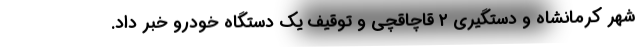
شهر کرمانشاه و دستگیری ۲ قاچاقچی و توقیف یک دستگاه خودرو خبر داد.